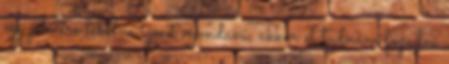
egy jelöltre lehetne igent mondani, akkor el tudnám fogadni